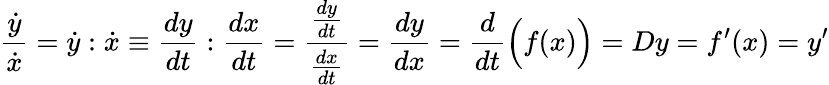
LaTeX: {\frac{\dot{y}}{\dot{x}}}={\dot{y}}:{\dot{x}}\equiv{\frac{dy}{dt}}:{\frac{dx}{dt}}={\frac{\frac{dy}{dt}}{\frac{dx}{dt}}}={\frac{dy}{dx}}={\frac{d}{dt}}{\Bigl(}f(x){\Bigr)}=Dy=f^{\prime}(x)=y^{\prime}